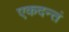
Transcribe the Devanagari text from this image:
एकदन्तं